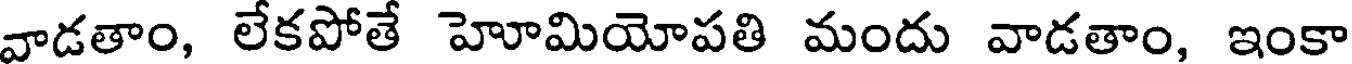
వాడతాం, లేకపోతే హెూమియోపతి మందు వాడతాం, ఇంకా